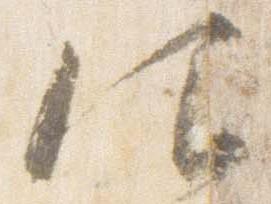
仰